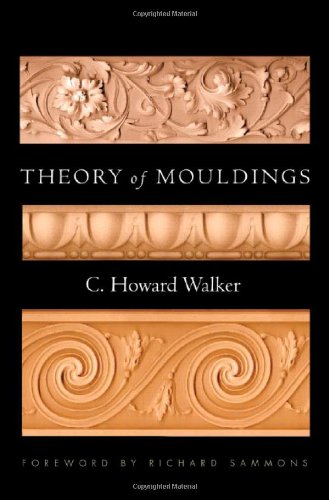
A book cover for Theory of Mouldings (Classical America Series in Art and Architecture); C. Howard Walker; Arts & Photography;